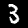
Label: 3